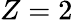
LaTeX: Z=2